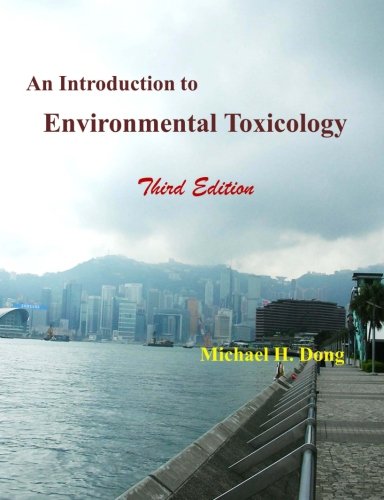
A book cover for An Introduction to Environmental Toxicology Third Edition; Michael H Dong; Medical Books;